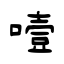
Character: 噎